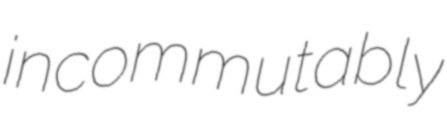
incommutably